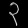
Digit: ၃